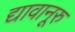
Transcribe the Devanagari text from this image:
द्यावानूरु